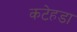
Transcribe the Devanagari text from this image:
कटेहडा